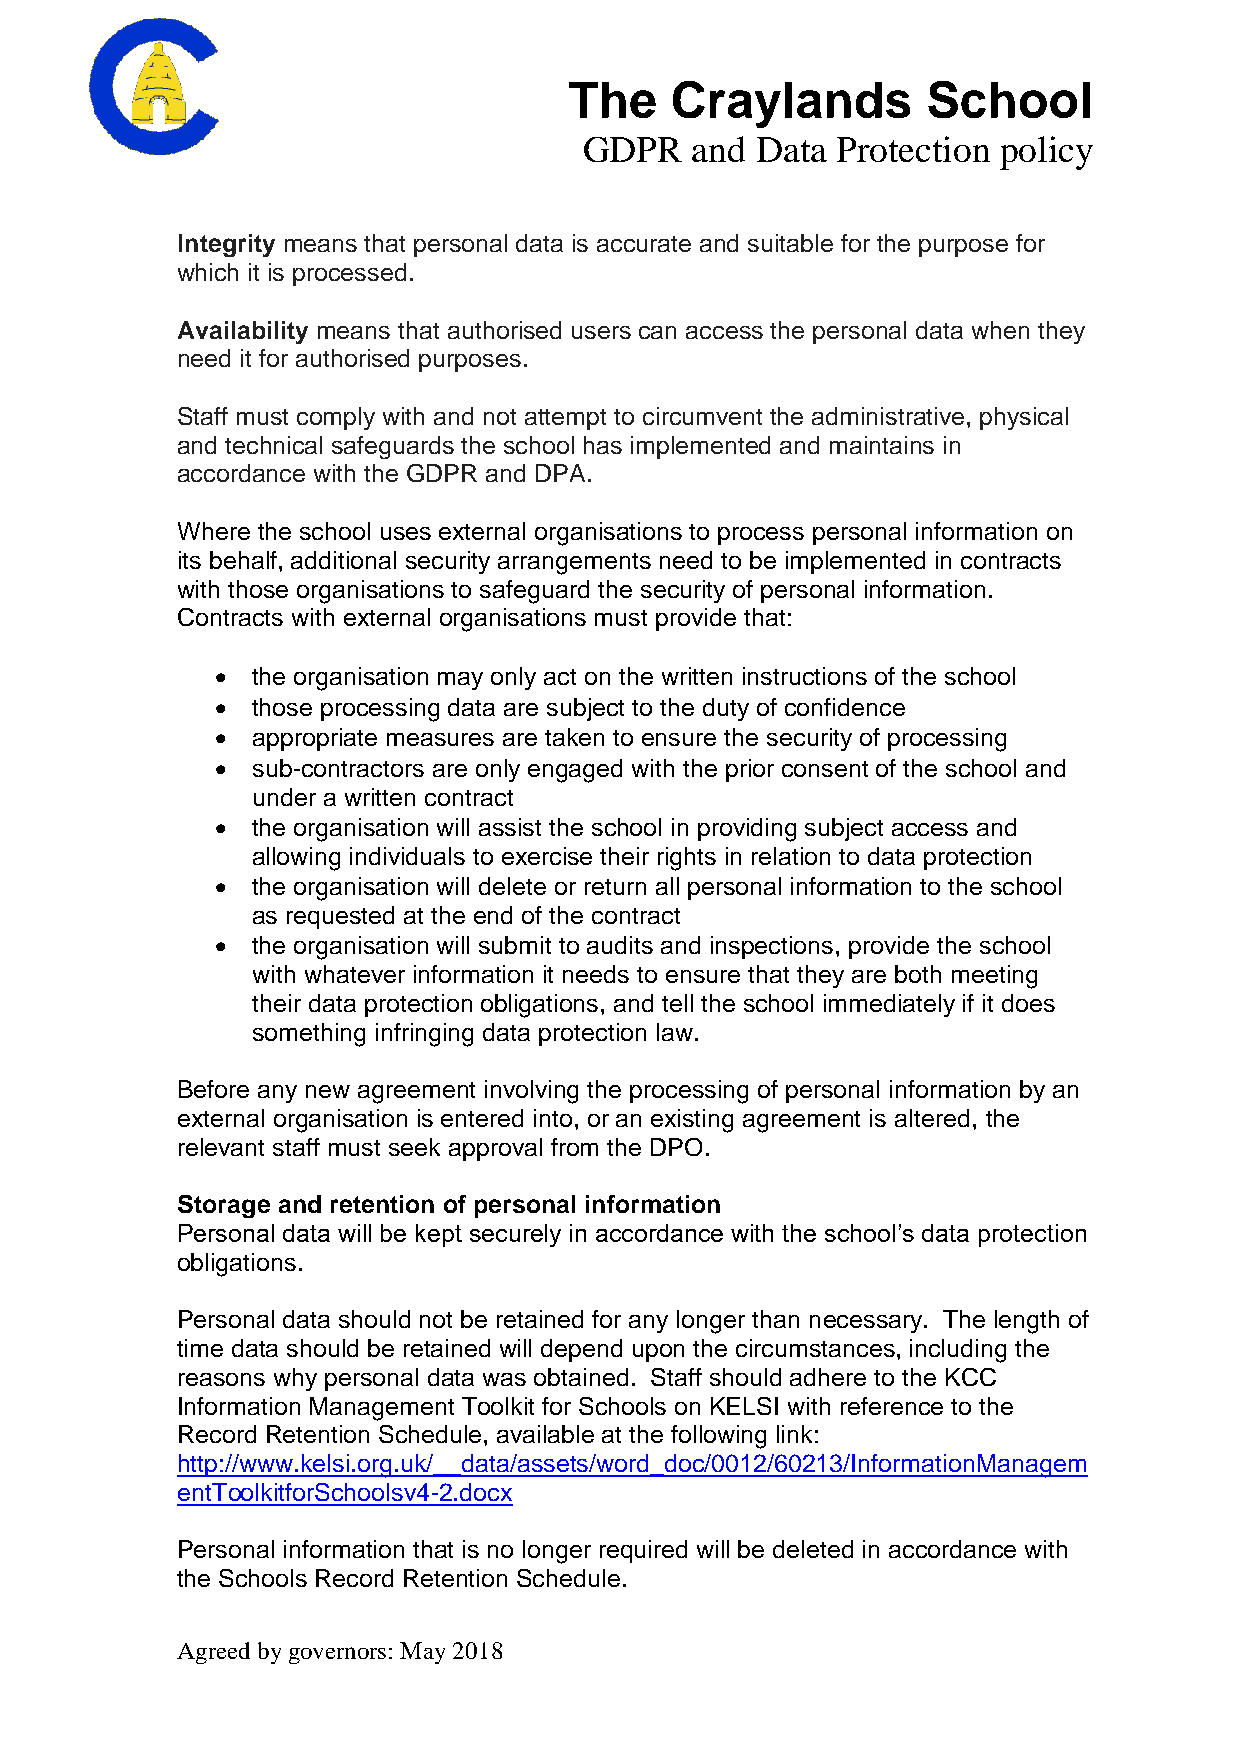
The   Craylands        School
 GDPR   and Data Protection policy
 Integrity means that personal data is accurate and suitable for the purpose for
 which it is processed.
 Availability means that authorised users can access the personal data when they
 need it for authorised purposes.
 Staff must comply with and not attempt to circumvent the administrative, physical
 and technical safeguards the school has implemented and maintains in
 accordance with the GDPR and DPA.
 Where the school uses external organisations to process personal information on
 its behalf, additional security arrangements need to be implemented in contracts
 with those organisations to safeguard the security of personal information.
 Contracts with external organisations must provide that:
   the organisation may only act on the written instructions of the school
   those processing data are subject to the duty of confidence
   appropriate measures are taken to ensure the security of processing
   sub-contractors are only engaged with the prior consent of the school and
 under a written contract
   the organisation will assist the school in providing subject access and
 allowing individuals to exercise their rights in relation to data protection
   the organisation will delete or return all personal information to the school
 as requested at the end of the contract
   the organisation will submit to audits and inspections, provide the school
 with whatever information it needs to ensure that they are both meeting
 their data protection obligations, and tell the school immediately if it does
 something infringing data protection law.
 Before any new agreement involving the processing of personal information by an
 external organisation is entered into, or an existing agreement is altered, the
 relevant staff must seek approval from the DPO.
 Storage and retention of personal information
 Personal data will be kept securely in accordance with the school’s data protection
 obligations.
 Personal data should not be retained for any longer than necessary. The length of
 time data should be retained will depend upon the circumstances, including the
 reasons why personal data was obtained. Staff should adhere to the KCC
 Information Management Toolkit for Schools on KELSI with reference to the
 Record Retention Schedule, available at the following link:
 http://www.kelsi.org.uk/__data/assets/word_doc/0012/60213/InformationManagem
 entToolkitforSchoolsv4-2.docx
 Personal information that is no longer required will be deleted in accordance with
 the Schools Record Retention Schedule.
 Agreed by governors: May 2018